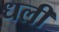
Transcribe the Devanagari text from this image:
धली